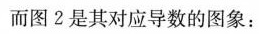
而图2是其对应导数的图象：